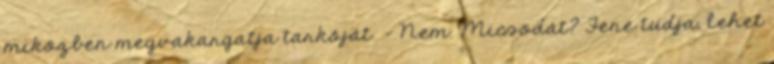
miközben megvakargatja tarkóját. - Nem. Micsodát? Fene tudja, lehet